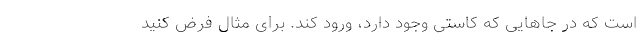
است که در جاهایی که کاستی وجود دارد، ورود کند. برای مثال فرض کنید